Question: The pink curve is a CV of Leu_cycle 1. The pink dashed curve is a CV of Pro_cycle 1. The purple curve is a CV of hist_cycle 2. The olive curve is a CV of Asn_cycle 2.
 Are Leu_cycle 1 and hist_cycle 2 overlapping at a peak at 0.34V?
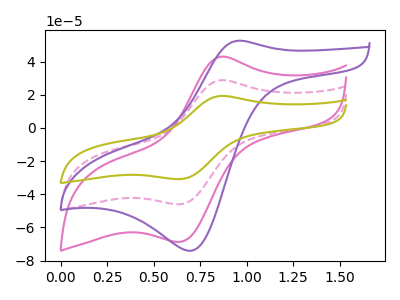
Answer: <think>The pink curve "Leu_cycle 1" has an anodic peak at (0.90V, 43.05uA) and a cathodic peak at (0.65V, -68.70uA). The pink dashed curve "Pro_cycle 1" has an anodic peak at (0.90V, 28.85uA) and a cathodic peak at (0.65V, -46.05uA). The purple curve "hist_cycle 2" has an anodic peak at (0.95V, 52.65uA) and a cathodic peak at (0.70V, -74.05uA). The olive curve "Asn_cycle 2" has an anodic peak at (0.90V, 57.65uA) and a cathodic peak at (0.65V, -92.10uA).</think>
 <answer>No, "Leu_cycle 1" and "hist_cycle 2" dont share a peak at 0.34V.</answer>
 <eval>mismatch</eval>